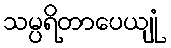
သမ္ပရိတာပေယျုံ